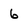
Character: 6